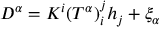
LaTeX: D ^ { \alpha } = K ^ { i } ( T ^ { \alpha } ) _ { i } ^ { j } h _ { j } + \xi _ { \alpha }